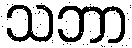
သဘာ